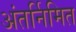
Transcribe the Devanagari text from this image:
अंतर्निमित